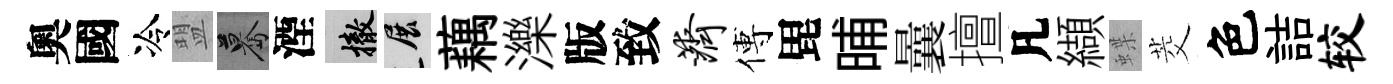
奧國冷盟驀湮撤展藕濼版致济傅毘晡曩擅凡纈蝶茭色詰较